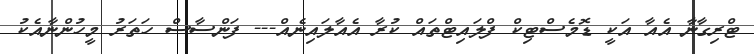
ޓްރިގާނާ އެއާ އަކީ ޑޮމެސްޓިކް ފްލައިޓްތައް ކުރާ އެއާލައިނެއް--- ފަންސާސް ހަތަރު މީހުންނާއެކު